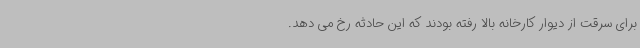
برای سرقت از دیوار کارخانه بالا رفته بودند که این حادثه رخ می دهد.